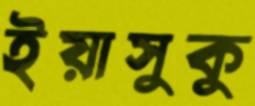
ইয়াসুকু